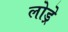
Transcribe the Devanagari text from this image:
लोड्रे